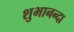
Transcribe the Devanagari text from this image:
शुभानन्दा